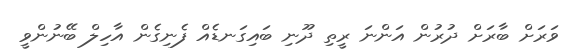
ވަރަށް ބާރަށް ދުރުން އަންނަ ރީތި ދޫނި ބައިގަނޑެއް ފެނިގެން އާހިލް ބޭނުންވީ